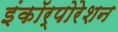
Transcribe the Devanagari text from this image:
इंकॉर्पोरेशन